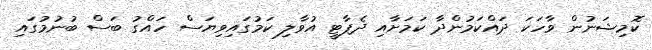
ކޮމިޝަނުން ވާހަކަ ދައްކަމުންދާ ކަމަށާއި ދެޕާޓީ އުވާލި ކަމުގައިވިޔަސް ހައްގު ބަސް ބުނުމުގައި